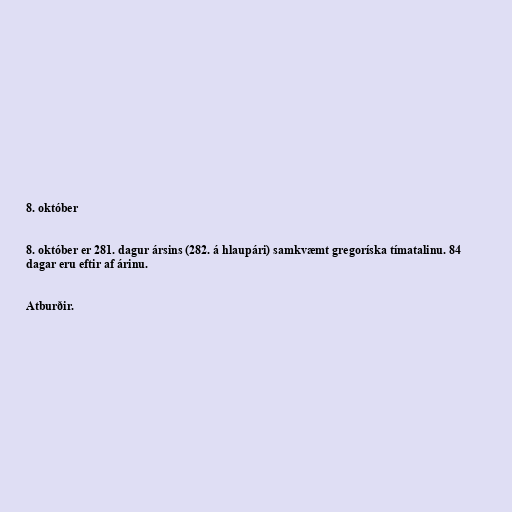
8. október

8. október er 281. dagur ársins (282. á hlaupári) samkvæmt gregoríska tímatalinu. 84
dagar eru eftir af árinu.

Atburðir.